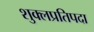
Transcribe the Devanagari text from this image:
शुक्लप्रतिपदा